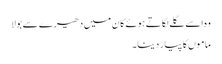
وہ اسے گلے لگاتے ہوئے کان میں دھیرے سے بولا
ماموں کا پیار دینا۔